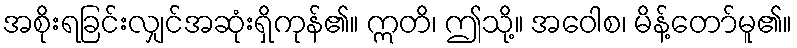
အစိုးရခြင်းလျှင်အဆုံးရှိကုန်၏။ ဣတိ၊ ဤသို့။ အဝေါစ၊ မိန့်တော်မူ၏။